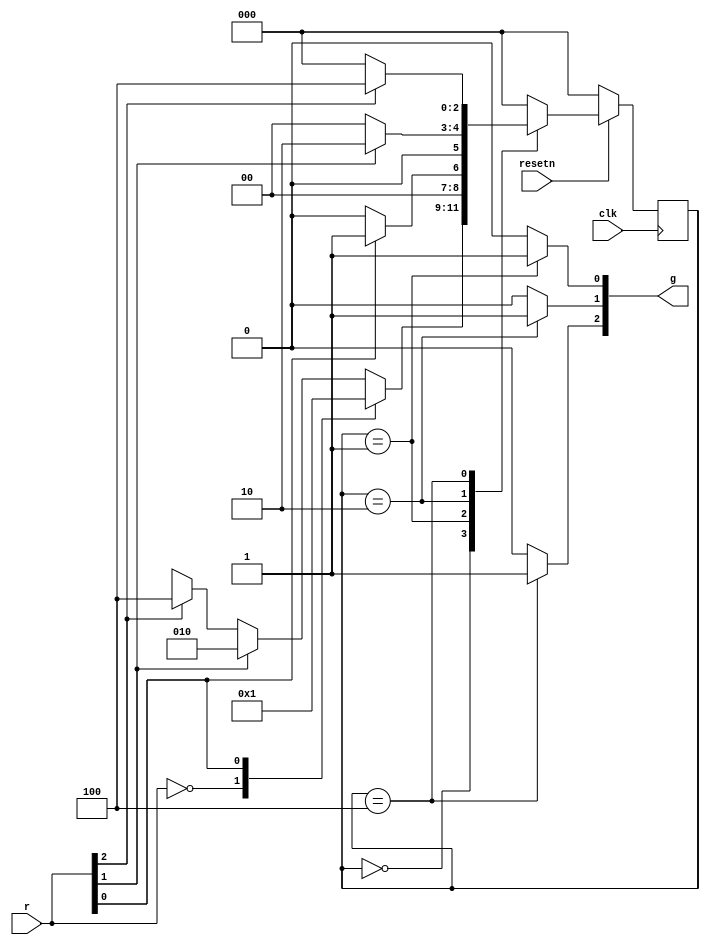
module top_module (
    input clk,
    input resetn,    // active-low synchronous reset
    input [3:1] r,   // request
    output [3:1] g   // grant
); 
    parameter   A = 3'b000 , B = 3'b001;  //A为IDLE即空闲状态
    parameter   C = 3'b010 , D = 3'b100;
    
    reg [2:0] state,next_state;

    always @(posedge clk) begin
        if(resetn==1'b0)   state<=A;
        else               state<=next_state;  
    end

    always @(*) begin
    case(state)
        A:begin
            casez(r)
                3'b000:   
                    next_state=A;
                3'bzz1:   
                    next_state=B;
                3'bz1z:   
                    next_state=C;
                3'b1zz:   
                    next_state=D;
                default:  
                    next_state=A;
            endcase
        end
        B:
            next_state=r[1]?B:A;
        C:
            next_state=r[2]?C:A;
        D:
            next_state=r[3]?D:A;
        default:
            next_state=A;
    endcase
end

    always @(*) begin
        g=3'b000;
        case(state)
            B:  g[1]=1'b1;
            C:  g[2]=1'b1;
            D:  g[3]=1'b1;
        endcase
    end

endmodule